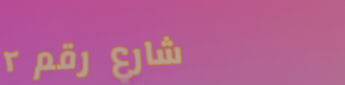
شارع رقم ٢